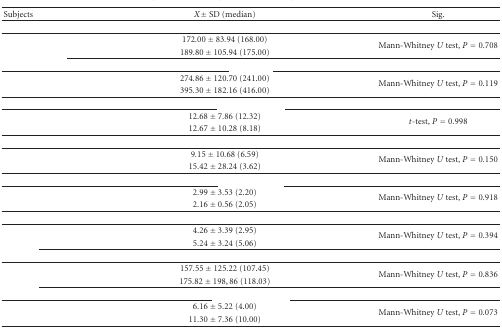
<table><thead><tr><td><b>Subjects</b></td><td><b><i>X</i> ± SD (median)</b></td><td><b>Sig.</b></td></tr></thead><tbody><tr><td colspan="3">[EMPTY_CELL]</td></tr><tr><td>[EMPTY_CELL]</td><td>172.00 ± 83.94 (168.00)</td><td rowspan="2">Mann-Whitney <i>U</i> test, <i>P</i> = 0.708</td></tr><tr><td>[EMPTY_CELL]</td><td>189.80 ± 105.94 (175.00)</td></tr><tr><td colspan="3">[EMPTY_CELL]</td></tr><tr><td>[EMPTY_CELL]</td><td>274.86 ± 120.70 (241.00)</td><td rowspan="2">Mann-Whitney <i>U</i> test, <i>P</i> = 0.119</td></tr><tr><td>[EMPTY_CELL]</td><td>395.30 ± 182.16 (416.00) </td></tr><tr><td colspan="3">[EMPTY_CELL]</td></tr><tr><td>[EMPTY_CELL]</td><td>12.68 ± 7.86 (12.32)</td><td rowspan="2"><i>t</i>-test, <i>P</i> = 0.998</td></tr><tr><td>[EMPTY_CELL]</td><td>12.67 ± 10.28 (8.18) </td></tr><tr><td colspan="3">[EMPTY_CELL]</td></tr><tr><td>[EMPTY_CELL]</td><td>9.15 ± 10.68 (6.59)</td><td rowspan="2">Mann-Whitney <i>U</i> test, <i>P</i> = 0.150</td></tr><tr><td>[EMPTY_CELL]</td><td>15.42 ± 28.24 (3.62) </td></tr><tr><td colspan="3">[EMPTY_CELL]</td></tr><tr><td>[EMPTY_CELL]</td><td>2.99 ± 3.53 (2.20)</td><td rowspan="2">Mann-Whitney <i>U</i> test, <i>P</i> = 0.918</td></tr><tr><td>[EMPTY_CELL]</td><td>2.16 ± 0.56 (2.05) </td></tr><tr><td colspan="3">[EMPTY_CELL]</td></tr><tr><td>[EMPTY_CELL]</td><td>4.26 ± 3.39 (2.95)</td><td rowspan="2">Mann-Whitney <i>U</i> test, <i>P</i> = 0.394</td></tr><tr><td>[EMPTY_CELL]</td><td>5.24 ± 3.24 (5.06) </td></tr><tr><td colspan="3">[EMPTY_CELL]</td></tr><tr><td>[EMPTY_CELL]</td><td>157.55 ± 125.22 (107.45)</td><td rowspan="2">Mann-Whitney <i>U</i> test, <i>P</i> = 0.836</td></tr><tr><td>[EMPTY_CELL]</td><td>175.82 ± 198,86 (118.03) </td></tr><tr><td colspan="3">[EMPTY_CELL]</td></tr><tr><td>[EMPTY_CELL]</td><td>6.16 ± 5.22 (4.00)</td><td rowspan="2">Mann-Whitney <i>U</i> test, <i>P</i> = 0.073</td></tr><tr><td>[EMPTY_CELL]</td><td>11.30 ± 7.36 (10.00)</td></tr></tbody></table>